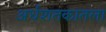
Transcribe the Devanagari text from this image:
अर्धशतकातला